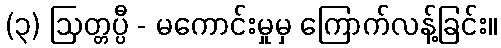
(၃) ဩတ္တပ္ပီ - မကောင်းမှုမှ ကြောက်လန့်ခြင်း။